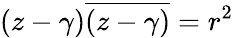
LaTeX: (z-\gamma){\overline{{(z-\gamma)}}}=r^{2}